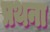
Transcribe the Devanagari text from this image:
प्रथना